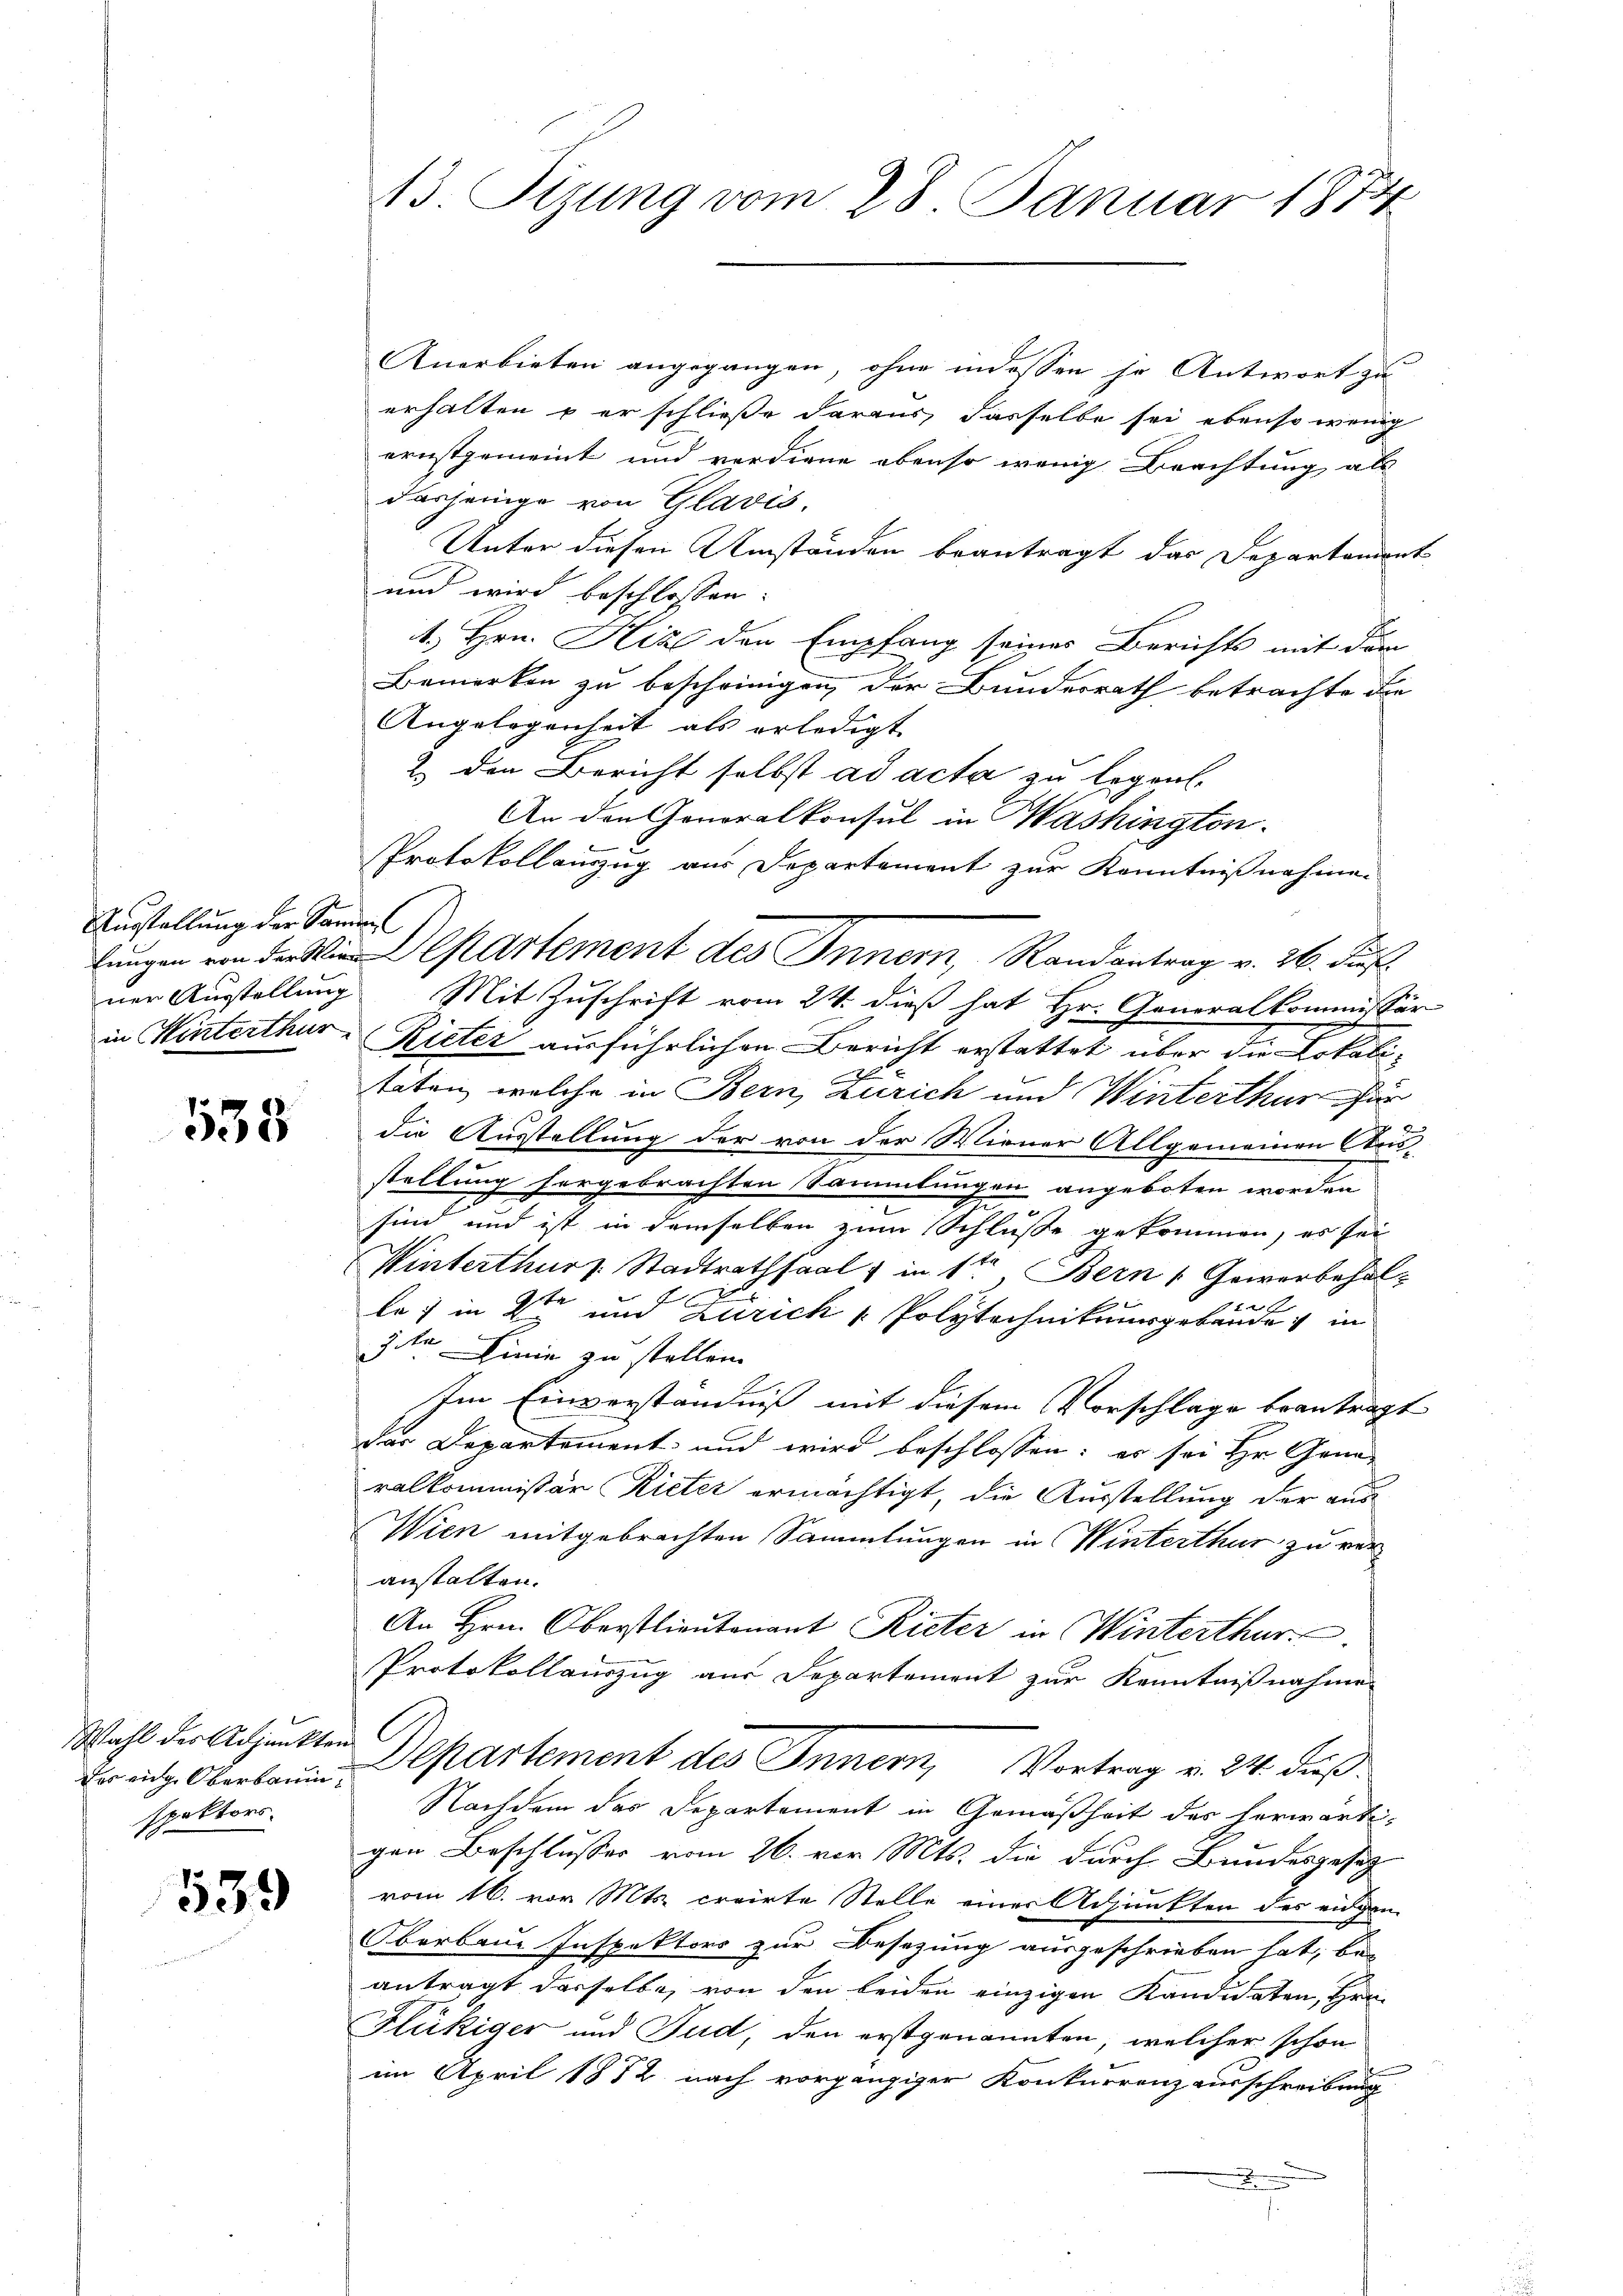
Ausstellung der Sanen

535

Wahl des Adjunkten
spektors.

539

13. Sizung vom 28. Januar 1874

Anerbieten angegangen, ohne indessen je Antwort zu
erhalten & er schließe daraus, dasselbe sei ebenso wenig
ernstgemeint und verdiene ebenso wenig Beachtung als
dasjenige von Glavis,
Unter diesen Umständen beantragt das Departement
und wird beschlossen:
1. Hrn. Hiz den Empfang seines Berichts mit dem
Bemerken zu bescheinigen, der Bundesrath betrachte die
Angelegenheit als erledigt
2. den Bericht selbst ad acta zu legen.
An den Generalkonsul in Washington
Protokollauszug aus Departement zur Kenntnißnahme.
lŭng Cartement des Innern, Randantrag v. 26. Auf
ner Ausstellung Mit Zuschrift vom 24. dieß hat Hr. Generalkommissär
in Winterthur, Rieter ausführlichen Bericht erstattet über die Lokaliteten, welche in Bern, Zürich und Winterthur für
die Ausstellung der von der Wiener Allgemeinen Ausstellung hergebrachten Sammlungen angeboten worden
c
sind und ist in demselben zum Schlusse gekommen, es sei
Winterthur Stadtrathsaal in 1ten Bern Gewerbehal-
.
le: in 2te und Zürich & Polytechnikumsgebäude in
3kr. Linie zu stellen.
Im Einverständniß mit diesem Vorschlage beantragt
der Departement und wird beschlossen: er sei Hr. Gona-
ralkommissär Rieter ermächtigt, die Ausstellung der aus
Wien mitgebrachten Sammlungen in Winterthur zu veranstalten.
An Hrn. Oberstlieutenant Rieter in Winterthur
Protokollauszug aus Departement zur Kenntnißnahme
Der rich. Oberbauen Departement des Innern, Vortrag v. 24. dieß.
Nachdem das Departement in Gemäßheit der herwärtigen Beschlusses vom 26. vor. Mts. die durch Bundesgesetz
vom 16. vor Mts. creirte Stelle einer Adjunkten des eidgen
Oberbaue Inspektors zur Besetzung ausgeschrieben hat, be-
antragt dasselbe, von den beiden einzigen Kandidaten, Hrn.
Flückiger und Fud, den erstgenannten, welcher schon
im April 1872 nach vorgängiger Konkurrenzausschreibung